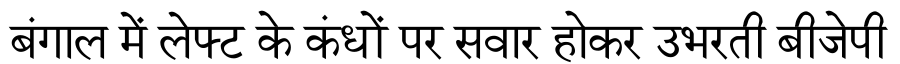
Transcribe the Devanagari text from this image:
बंगाल में लेफ्ट के कंधों पर सवार होकर उभरती बीजेपी